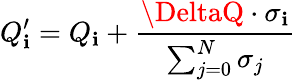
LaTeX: Q_{\mathbf{i}}^{\prime}=Q_{\mathbf{i}}+\frac{{\DeltaQ\cdot\sigma_{\mathbf{i}}}}{{\sum_{j=0}^{N}\sigma_{j}}}